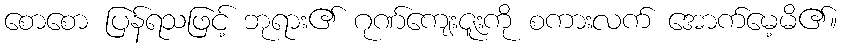
စောစော ပြန်ရသဖြင့် ဘုရား၏ ဂုဏ်ကျေးဇူးကို စကားလက် အောက်မေ့မိ၏။